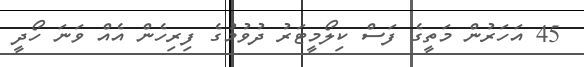
45 އަހަރުން މަތީގެ ފަސް ކިލޯމީޓަރު ދުވުމުގެ ފިރިހެން އެއް ވަނަ ހޯދީ